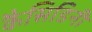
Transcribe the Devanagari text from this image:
कैसिडिनी